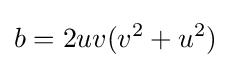
b=2uv(v^{2}+u^{2})